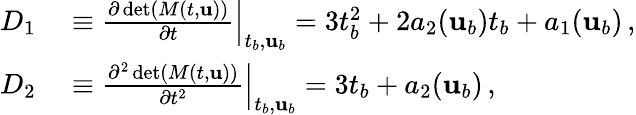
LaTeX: \begin{array}{rl}{D_{1}}&{{}\equiv\frac{\partial\operatorname*{det}(M(t,{\mathbf{u}}))}{\partial t}\Big\vert_{t_{b},{\mathbf{u}}_{b}}=3t_{b}^{2}+2a_{2}({\mathbf{u}}_{b})t_{b}+a_{1}({\mathbf{u}}_{b})\, ,}\\ {D_{2}}&{{}\equiv\frac{\partial^{2}\operatorname*{det}(M(t,{\mathbf{u}}))}{\partial t^{2}}\Big\vert_{t_{b},{\mathbf{u}}_{b}}=3t_{b}+a_{2}({\mathbf{u}}_{b})\, ,}\end{array}